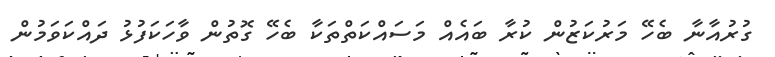
ގުރުއާނާ ބެހޭ މަރުކަޒުން ކުރާ ބައެއް މަސައްކަތްތަކާ ބެހޭ ގޮތުން ވާހަކަފުޅު ދައްކަވަމުން